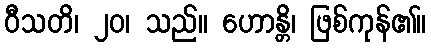
ဝီသတိ၊ ၂၀၊ သည်။ ဟောန္တိ၊ ဖြစ်ကုန်၏။